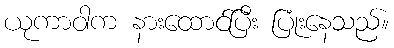
ယုကာဝါက နားထောင်ပြီး ပြုံးနေသည်။